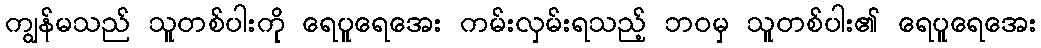
ကျွန်မသည် သူတစ်ပါးကို ရေပူရေအေး ကမ်းလှမ်းရသည့် ဘဝမှ သူတစ်ပါး၏ ရေပူရေအေး